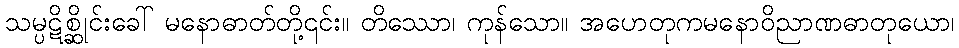
သမ္ပဋိစ္ဆိုင်းခေါ် မနောဓာတ်တို့၎င်း။ တိဿော၊ ကုန်သော။ အဟေတုကမနောဝိညာဏဓာတုယော၊